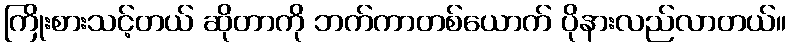
ကြိုးစားသင့်တယ် ဆိုတာကို ဘက်ကာတစ်ယောက် ပိုနားလည်လာတယ်။